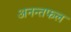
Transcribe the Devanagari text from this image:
अनन्तफल